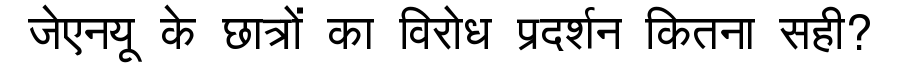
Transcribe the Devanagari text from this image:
जेएनयू के छात्रों का विरोध प्रदर्शन कितना सही?